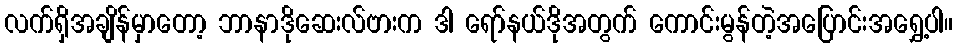
လက်ရှိအချိန်မှာတော့ ဘာနာဒိုဆေးလ်ဗားက ဒါ ရော်နယ်ဒိုအတွက် ကောင်းမွန်တဲ့အပြောင်းအရွှေ့ပါ။